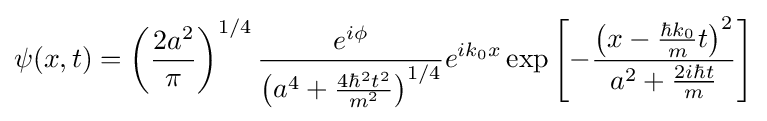
\psi (x,t)=\left({\frac {2a^{2}}{\pi }}\right)^{1/4}{\frac {e^{i\phi }}{\left(a^{4}+{\frac {4\hbar ^{2}t^{2}}{m^{2}}}\right)^{1/4}}}e^{ik_{0}x}\exp \left[-{\frac {\left(x-{\frac {\hbar k_{0}}{m}}t\right)^{2}}{a^{2}+{\frac {2i\hbar t}{m}}}}\right]